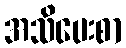
အသိပေးစာ